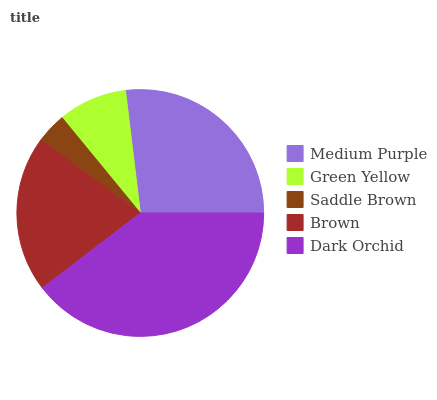
| Medium Purple | Green Yellow | Saddle Brown | Brown | Dark Orchid |
 | --- | --- | --- | --- | --- |
 | 26.9% | 9.02% | 3.95% | 20.5% | 39.6% |